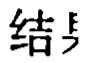
结具